Lunatic asylums in Bengal annual reports 1912-1924 - 1912-1924
Year: 1912
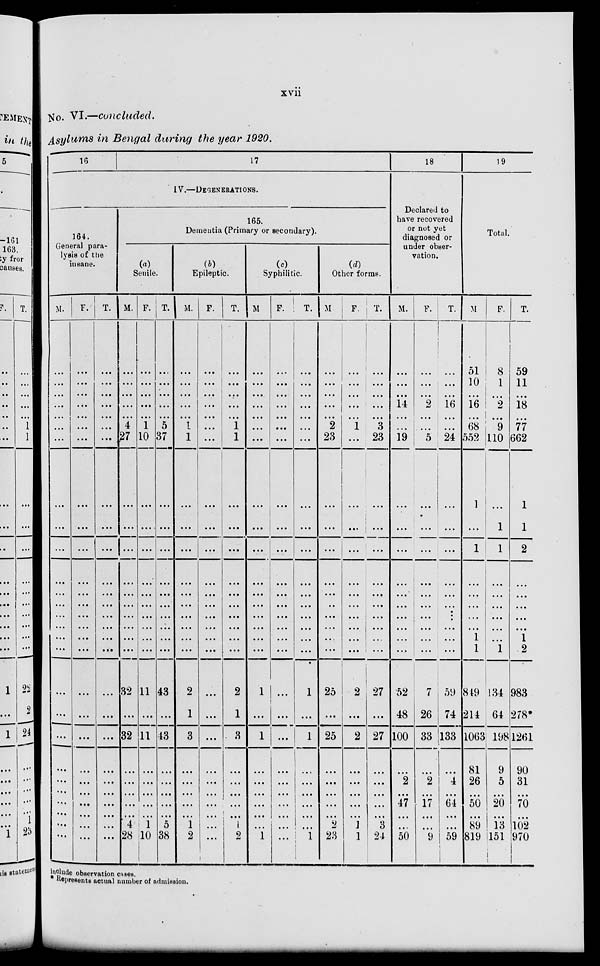
xvii
No. VI.—concluded.
Asylums in Bengal during the year 1920.
16
17
IV.—DEGENERATIONS.
164.
General para-
lysis of the
insane.
M.
...
...
...
...
... ...
...
...
...
...
...
...
...
...
...
...
...
...
...
...
...
...
...
...
...
...
...
F.
...
...
...
...
...
...
...
...
...
...
...
...
...
...
...
...
...
...
...
...
...
...
...
...
...
...
...
T.
...
...
...
...
...
...
...
...
...
...
...
...
...
...
...
...
...
...
...
...
...
...
...
...
...
...
...
165.
Dementia (Primary or secondary).
(a)
Senile.
M.
...
...
...
...
...
4
27
...
...
...
...
...
...
...
...
...
...
32
...
32
...
...
...
...
...
4
28
F.
...
...
...
...
...
1
10
...
...
...
...
...
...
...
...
...
...
11
...
11
...
...
...
...
... 1
10
T.
...
...
...
...
...
5
37
...
...
...
...
...
...
...
...
...
...
43
...
43
...
...
...
...
...
5
38
(b)
Epileptic.
M.
...
...
...
...
...
1
1
...
...
...
...
...
...
...
...
...
...
2
1
3
...
...
...
...
...
1
2
F.
...
...
...
...
...
...
...
...
...
...
...
...
...
...
...
...
...
...
...
...
...
...
...
...
...
...
...
T.
...
...
...
...
...
1
1
...
...
...
...
...
...
...
...
...
...
2
1
3
...
...
...
...
...
1
2
(c)
Syphilitic.
M
...
...
...
...
...
...
...
...
...
...
...
...
...
...
...
...
...
1
...
1
...
...
...
...
...
...
1
F.
...
...
...
...
...
...
...
...
...
...
...
...
...
...
...
...
...
...
...
...
...
...
...
...
...
...
...
T.
...
...
...
...
...
...
...
...
...
...
...
...
...
...
...
...
...
1
...
1
...
...
...
...
...
...
1
(d)
Other forms.
M.
...
...
...
...
...
2
23
...
...
...
...
...
...
...
...
...
...
25
...
25
...
...
...
...
...
2
23
F.
...
. . .
...
...
...
1
...
...
...
...
...
...
...
...
...
...
...
2
...
2
...
...
...
...
...
1
1
T.
...
...
...
...
...
3
23
...
...
...
...
...
...
...
...
...
...
27
...
27
...
...
...
...
...
3
24
18
Declared to
have recovered
or not yet
diagnosed or
under obser-
vation.
M.
...
...
...
14
...
...
19
...
...
...
...
...
...
...
...
...
...
52
48
100
...
2
...
47
...
...
50
F.
...
...
...
2
...
...
5
...
...
...
...
...
...
...
...
...
...
7
26
33
...
2
...
17
...
...
9
T.
...
...
...
16
...
...
24
...
...
...
...
...
...
...
...
...
...
59
74
133
...
4
...
64
...
...
59
19
Total.
M.
51
10
...
16
...
68
552
1
...
1
...
...
...
...
...
1
1
849
214
1063
81
26
...
50
...
89
819
F.
8
1
...
2
...
9
110
...
1
1
...
...
...
...
...
...
1
134
64
198
9
5
...
20
...
13
151
T.
59
11
...
18
...
77
662
1
1
2
...
...
...
...
...
1
2
983
278*
1261
90
31
...
70
...
102
970
include observation cases.
*Represents actual number of admission.